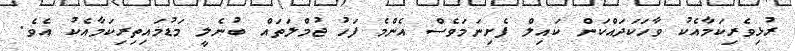
ރުޅިވެރިކަމާއެކު ވާހަަކަދައްކަން ކައިލް ފެށިނަމަވެސް އެންމެ ފަހު ޖުމްލަތައް ބުނެލީ މަޑުމައިތިރިކަމާއެކު އެވެ.